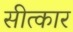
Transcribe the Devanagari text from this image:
सीत्कार